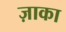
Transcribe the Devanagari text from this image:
ज़ाका